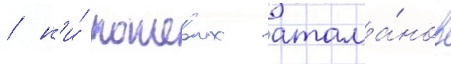
/ н'и́ кошевых атама́нов